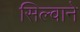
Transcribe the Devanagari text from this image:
सिल्वाने